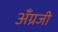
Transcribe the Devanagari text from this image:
अँग्रजी